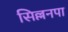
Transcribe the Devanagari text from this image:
सिल्लनपा